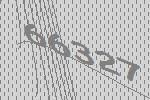
66327